Annual administration report of the Civil Veterinary Department, Sind - 1937-1938
Year: 1937
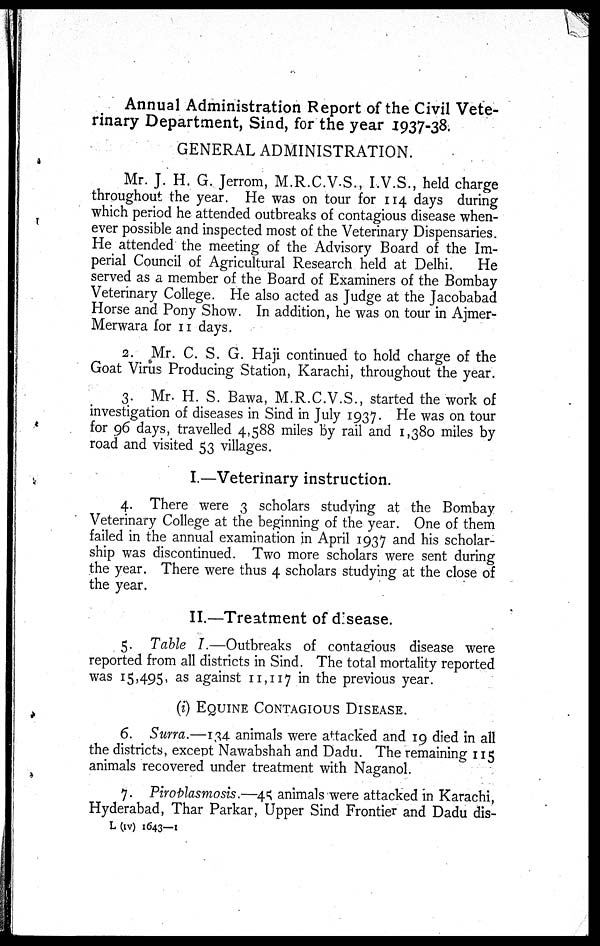
Annual Administration Report of the Civil Vete-
rinary Department, Sind, for the year 1937-38.
GENERAL ADMINISTRATION.
Mr. J. H. G. Jerrom, M.R.C.V.S., I.V.S., held charge
throughout the year. He was on tour for 114 days during
which period he attended outbreaks of contagious disease when-
ever possible and inspected most of the Veterinary Dispensaries.
He attended the meeting of the Advisory Board of the Im-
perial Council of Agricultural Research held at Delhi.
He
served as a member of the Board of Examiners of the Bombay
Veterinary College. He also acted as Judge at the Jacobabad
Horse and Pony Show. In addition, he was on tour in Ajmer-
Merwara for 11 days.
2. Mr. C. S. G. Haji continued to hold charge of the
Goat Virus Producing Station, Karachi, throughout the year.
3. Mr. H. S. Bawa, M.R.C.V.S., started the work of
investigation of diseases in Sind in July 1937. He was on tour
for 96 days, travelled 4,588 miles by rail and 1,380 miles by
road and visited 53 villages.
I.—Veterinary instruction.
4. There were 3 scholars studying at the Bombay
Veterinary College at the beginning of the year. One of them
failed in the annual examination in April 1937 and his scholar-
ship was discontinued. Two more scholars were sent during
the year. There were thus 4 scholars studying at the close of
the year.
II.—Treatment of disease.
5. Table I.—Outbreaks of contagious disease were
reported from all districts in Sind. The total mortality reported
was 15,495, as against 11,117 in the previous year.
(i) EQUINE CONTAGIOUS DISEASE.
6. Surra.—134 animals were attacked and 19 died in all
the districts, except Nawabshah and Dadu. The remaining 115
animals recovered under treatment with Naganol.
7. Piroblasmosis.—45 animals were attacked in Karachi,
Hyderabad, Thar Parkar, Upper Sind Frontier and Dadu dis-
L (IV) 1643—1